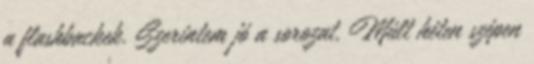
a flashbackek. Szerintem jó a sorozat. Múlt héten szépen